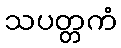
သပတ္တကံ